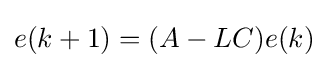
e(k+1)=(A-LC)e(k)